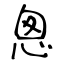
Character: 悤